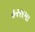
હરસમા